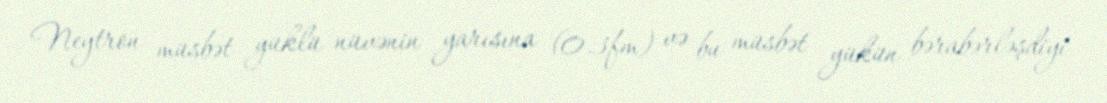
Neytron müsbət yüklü nüvənin yarısına (0.3fm) və bu müsbət yükün bərabərləşdiyi